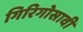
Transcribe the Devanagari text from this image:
गिरिगोसावी